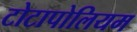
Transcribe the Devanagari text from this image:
टोटापोलियम